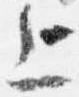
上